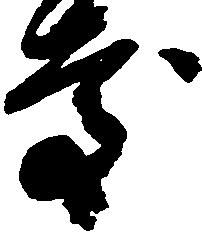
慶